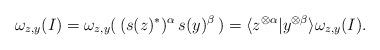
LaTeX: \begin{align*}\omega_{z,y}(I)=\omega_{z,y}(\, (s(z)^*)^{\alpha }\, s(y)^{\beta}\,)=\langle z^{\otimes \alpha }|y^{\otimes \beta}\rangle\omega_{z,y}(I).\end{align*}